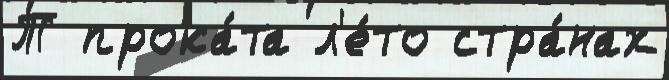
Т прока́та л'е́то стра́нах